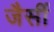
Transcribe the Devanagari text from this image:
जैसीं